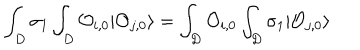
LaTeX: \int _ { D } \sigma _ { 1 } \int _ { D } { \cal O } _ { i , 0 } | { \cal O } _ { j , 0 } \rangle = \int _ { D } { \cal O } _ { i , 0 } \int _ { D } \sigma _ { 1 } | { \cal O } _ { j , 0 } \rangle \,